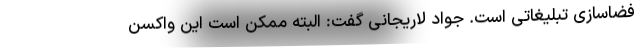
فضاسازی تبلیغاتی است. جواد لاریجانی گفت: البته ممکن است این واکسن